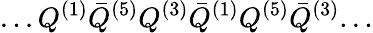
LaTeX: ...Q^{(1)}{\bar{Q}}^{(5)}Q^{(3)}{\bar{Q}}^{(1)}Q^{(5)}{\bar{Q}}^{(3)}...